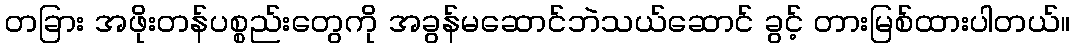
တခြား အဖိုးတန်ပစ္စည်းတွေကို အခွန်မဆောင်ဘဲသယ်ဆောင် ခွင့် တားမြစ်ထားပါတယ်။